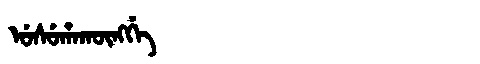
Manchu: ᡠᠰᡠᡥᠠᡴᡡᠩᡤᡝ
Romanization: USUHAKŪNGGE